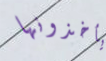
يأخذونها